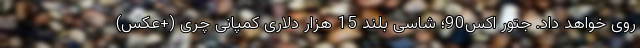
روی خواهد داد. جتور اکس90؛ شاسی بلند 15 هزار دلاری کمپانی چری (+عکس)